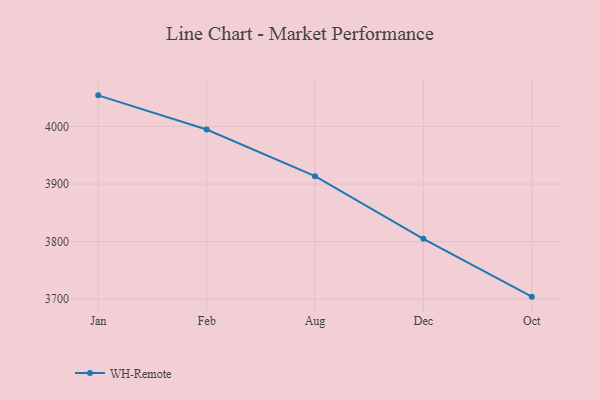
{"axis": {"x": "Month", "y": "Website Visitors"}, "legend": ["WH-Remote"], "data": [{"x": "Jan", "y": 4054.1, "type": "WH-Remote"}, {"x": "Feb", "y": 3994.7, "type": "WH-Remote"}, {"x": "Aug", "y": 3913.6, "type": "WH-Remote"}, {"x": "Dec", "y": 3804.7, "type": "WH-Remote"}, {"x": "Oct", "y": 3704.3, "type": "WH-Remote"}]}